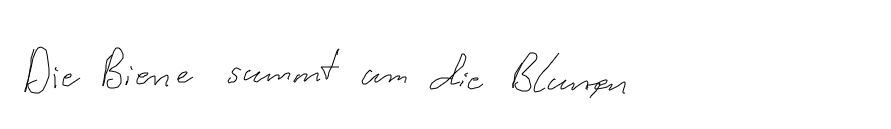
Die Biene summt um die Blumen.